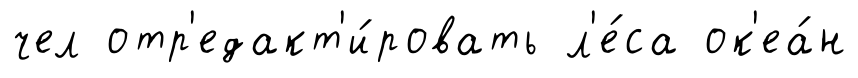
чел отр'едакт'и́ровать л'е́са ок'еа́н